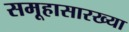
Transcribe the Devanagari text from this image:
समूहासारख्या